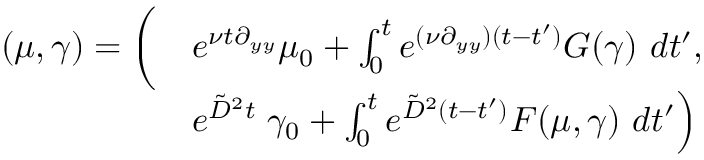
\begin{array} { r l } { ( \mu , \gamma ) = \bigg ( } & { e ^ { \nu t \partial _ { y y } } \mu _ { 0 } + \int _ { 0 } ^ { t } e ^ { ( \nu \partial _ { y y } ) ( t - t ^ { \prime } ) } G ( \gamma ) \ d t ^ { \prime } , } \\ & { e ^ { \tilde { D } ^ { 2 } t } \left. \gamma _ { 0 } + \int _ { 0 } ^ { t } e ^ { \tilde { D } ^ { 2 } ( t - t ^ { \prime } ) } F ( \mu , \gamma ) \ d t ^ { \prime } \right) } \end{array}